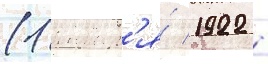
(1 январ'я́ 1922 -